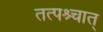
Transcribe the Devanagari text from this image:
तत्पश्र्चात्